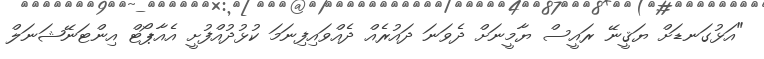
"އަޅުގަނޑަށް ޔަޤީނޭ ރައީސް ޔާމީނަށް ދެވަނަ ދައުރެއް ދެއްވައިފިނަމަ ކުޅުދުއްފުށީ އެއާޕޯޓް އިންޓަނޭޝަނަލް